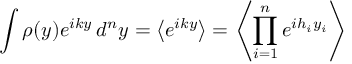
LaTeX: \int \rho ( y ) e ^ { i k y } \, d ^ { n } y = \left\langle e ^ { i k y } \right\rangle = \left\langle \prod _ { i = 1 } ^ { n } e ^ { i h _ { i } y _ { i } } \right\rangle